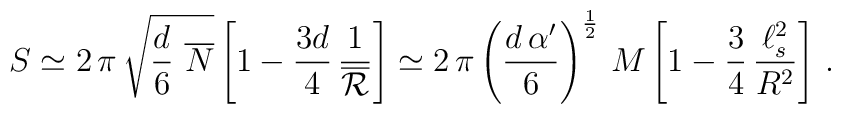
S \simeq 2 \, \pi \, \sqrt{\frac{d}{6} \ \overline N} \left[ 1 -\frac{3d}{4} \, \frac{1}{\overline{\cal R}} \right] \simeq 2 \, \pi\left( \frac{d \, \alpha'}{6} \right)^{\frac{1}{2}} \, M \left[ 1 -\frac{3}{4} \, \frac{\ell_s^2}{R^2} \right] \, .